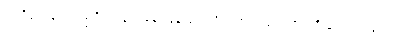
မစ္ဆရိယေန စ၊ မစ္ဆရိယလျှင် ခုနစ်ခုမြောက်ရှိသော သံယောဇဉ်ကို ဟောရာဖြစ်သော